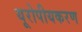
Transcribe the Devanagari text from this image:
यूरोपीयकरण